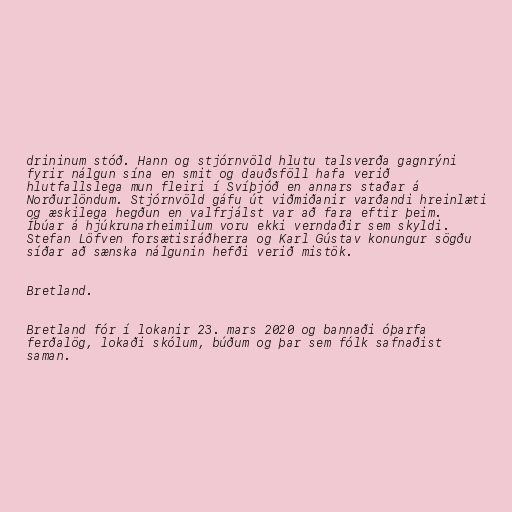
drininum stóð. Hann og stjórnvöld hlutu talsverða gagnrýni
fyrir nálgun sína en smit og dauðsföll hafa verið
hlutfallslega mun fleiri í Svíþjóð en annars staðar á
Norðurlöndum. Stjórnvöld gáfu út viðmiðanir varðandi hreinlæti
og æskilega hegðun en valfrjálst var að fara eftir þeim.
Íbúar á hjúkrunarheimilum voru ekki verndaðir sem skyldi.
Stefan Löfven forsætisráðherra og Karl Gústav konungur sögðu
síðar að sænska nálgunin hefði verið mistök.

Bretland.

Bretland fór í lokanir 23. mars 2020 og bannaði óþarfa
ferðalög, lokaði skólum, búðum og þar sem fólk safnaðist
saman.